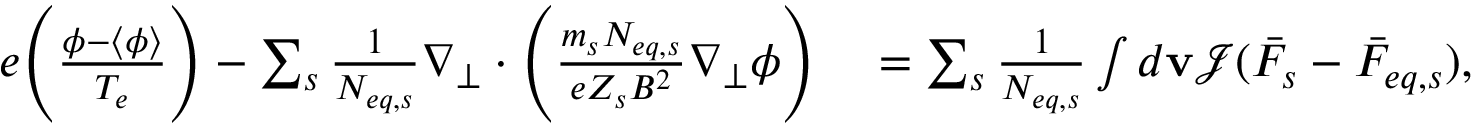
\begin{array} { r l } { e \Bigg ( \frac { \phi - \langle \phi \rangle } { T _ { e } } \Bigg ) - \sum _ { s } \frac { 1 } { N _ { e q , s } } \nabla _ { \perp } \cdot \Bigg ( \frac { m _ { s } N _ { e q , s } } { e Z _ { s } B ^ { 2 } } \nabla _ { \perp } \phi \Bigg ) } & { { } = \sum _ { s } \frac { 1 } { N _ { e q , s } } \int d \mathbf { v } \mathcal { J } ( \bar { F } _ { s } - \bar { F } _ { e q , s } ) , } \end{array}